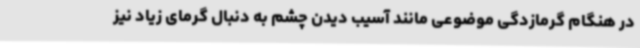
در هنگام گرمازدگی موضوعی مانند آسیب دیدن چشم به دنبال گرمای زیاد نیز